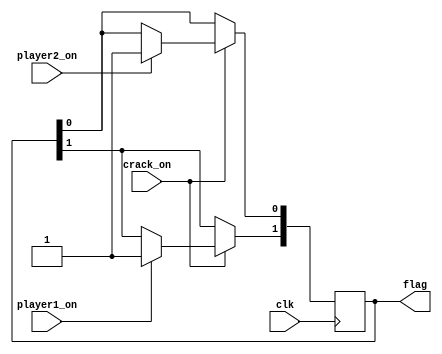
`timescale 1ns / 1ps
//////////////////////////////////////////////////////////////////////////////////
// Company: 
// Engineer: 
// 
// Design Name: 
// Module Name:    endflag 
// Project Name: 
// Target Devices: 
// Tool versions: 
// Description: 
//
// Dependencies: 
//
// Revision: 
// Revision 0.01 - File Created
// Additional Comments: 
//
//////////////////////////////////////////////////////////////////////////////////
module endflag(
	input wire clk, crack_on, player1_on, player2_on,
	output wire [1:2] flag
);
	reg [1:2] out;
	initial out <= 0;
	assign flag = out;
	always @(posedge clk) begin
		if (crack_on) begin
			if (player1_on) out[1] = 1;
			if (player2_on) out[2] = 1;
		end
	end
endmodule